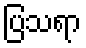
ပြသရာ